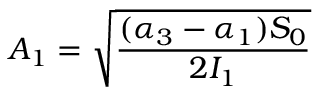
A _ { 1 } = \sqrt { \frac { ( \alpha _ { 3 } - \alpha _ { 1 } ) S _ { 0 } } { 2 I _ { 1 } } }